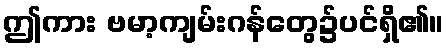
ဤကား ဗမာ့ကျမ်းဂန်တွေ၌ပင်ရှိ၏။